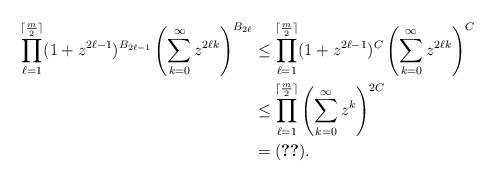
LaTeX: \begin{align*} \prod_{\ell=1}^{\lceil\frac{m}{2}\rceil}(1+z^{2\ell-1})^{B_{2\ell-1}}\left(\sum_{k=0}^\infty z^{2\ell k}\right)^{B_{2\ell}}&\le \prod_{\ell=1}^{\lceil\frac{m}{2}\rceil}(1+z^{2\ell-1})^C\left(\sum_{k=0}^\infty z^{2\ell k}\right)^{C}\\ &\le \prod_{\ell=1}^{\lceil\frac{m}{2}\rceil}\left(\sum_{k=0}^\infty z^k\right)^{2C}\\ &=\eqref{genbound}. \end{align*}